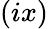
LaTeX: (ix)